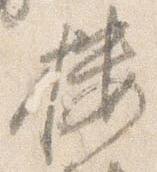
桜